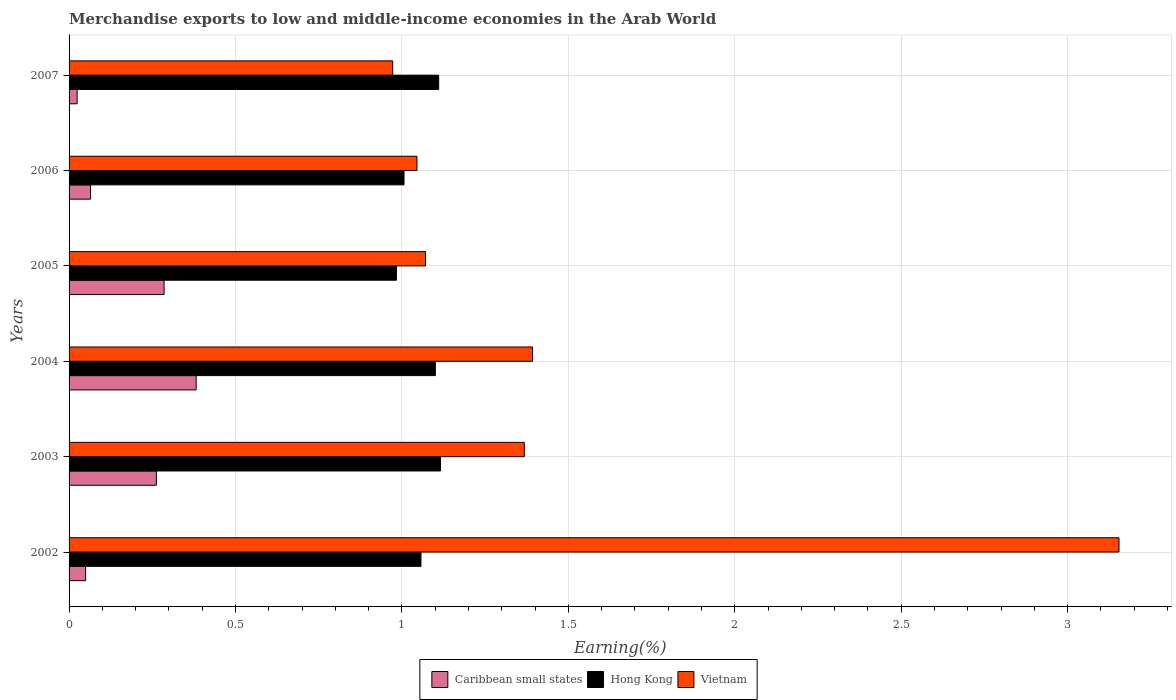
| Years | Caribbean small states | Hong Kong | Vietnam |
 | --- | --- | --- | --- |
 | 2002 | 0.0497 | 1.06 | 3.15 |
 | 2003 | 0.262 | 1.12 | 1.37 |
 | 2004 | 0.382 | 1.1 | 1.39 |
 | 2005 | 0.285 | 0.984 | 1.07 |
 | 2006 | 0.0645 | 1.01 | 1.05 |
 | 2007 | 0.0242 | 1.11 | 0.972 |